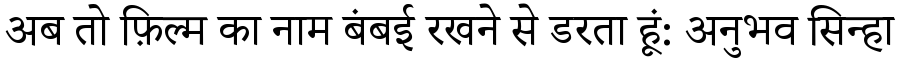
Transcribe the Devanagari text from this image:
अब तो फ़िल्म का नाम बंबई रखने से डरता हूं: अनुभव सिन्हा